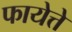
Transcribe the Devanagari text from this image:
फायेत्ते